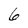
Character: 6